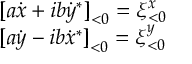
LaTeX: \begin{array} { c } { { { [ } a \dot { x } + i b \dot { y } ^ { * } { ] } _ { < 0 } = \xi _ { < 0 } ^ { x } } } \\ { { { [ } a \dot { y } - i b \dot { x } ^ { * } { ] } _ { < 0 } = \xi _ { < 0 } ^ { y } } } \end{array}